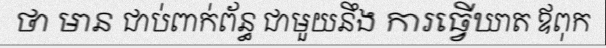
ថា មាន ជាប់ពាក់ព័ន្ធ ជាមួយនឹង ការធ្វើឃាត ឪពុក